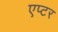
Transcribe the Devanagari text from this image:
एप्टर